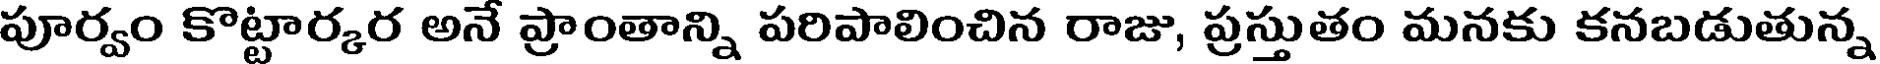
పూర్వం కొట్టార్కర అనే ప్రాంతాన్ని పరిపాలించిన రాజు, ప్రస్తుతం మనకు కనబడుతున్న